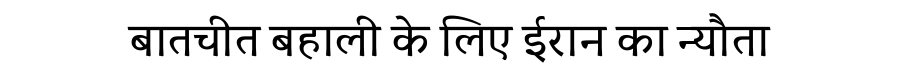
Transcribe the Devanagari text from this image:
बातचीत बहाली के लिए ईरान का न्यौता